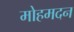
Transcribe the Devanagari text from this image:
मोहमदन